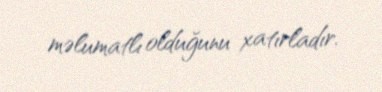
məlumatlı olduğunu xatırladır.